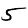
Digit: 5